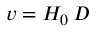
v = H _ { 0 } \, D